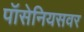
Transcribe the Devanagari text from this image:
पॉसेनियसवर